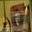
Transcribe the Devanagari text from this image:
रिडोल्फ़ी